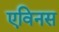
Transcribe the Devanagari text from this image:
एविनस